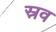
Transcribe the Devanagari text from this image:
स्रव